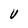
Character: V